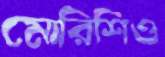
মোরিশিও